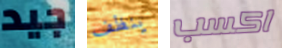
جيد ينظف اكسب